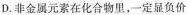
D.非金属元素在化合物里，一定显负价